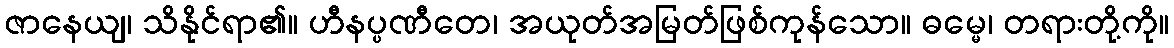
ဇာနေယျ၊ သိနိုင်ရာ၏။ ဟီနပ္ပဏီတေ၊ အယုတ်အမြတ်ဖြစ်ကုန်သော။ ဓမ္မေ၊ တရားတို့ကို။